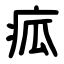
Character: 㽿